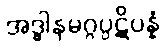
အဒ္ဓါနမဂ္ဂပ္ပဋိပန္နံ